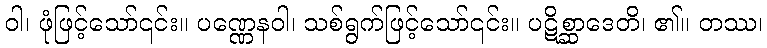
ဝါ၊ ဖုံဖြင့်သော်၎င်း။ ပဏ္ဏေနဝါ၊ သစ်ရွက်ဖြင့်သော်၎င်း။ ပဋိစ္ဆာဒေတိ၊ ၏။ တဿ၊